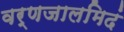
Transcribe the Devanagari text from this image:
वर्णजालमिदं